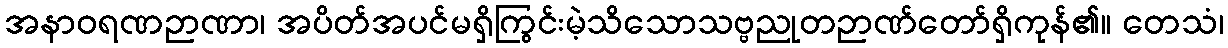
အနာဝရဏဉာဏာ၊ အပိတ်အပင်မရှိကြွင်းမဲ့သိသောသဗ္ဗညုတဉာဏ်တော်ရှိကုန်၏။ တေသံ၊